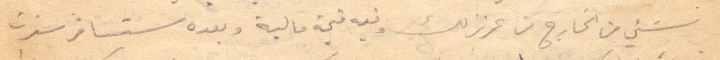
شيء من الخارج من عزيز لك وفيه قيمة مالية وبعده ستسافر سفرت